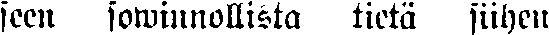
seen sowinnollista tietä siihen